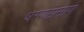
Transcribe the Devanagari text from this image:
धरणांप्रमाणे